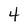
Character: 4